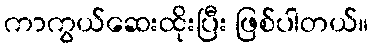
ကာကွယ်ဆေးထိုးပြီး ဖြစ်ပါတယ်။